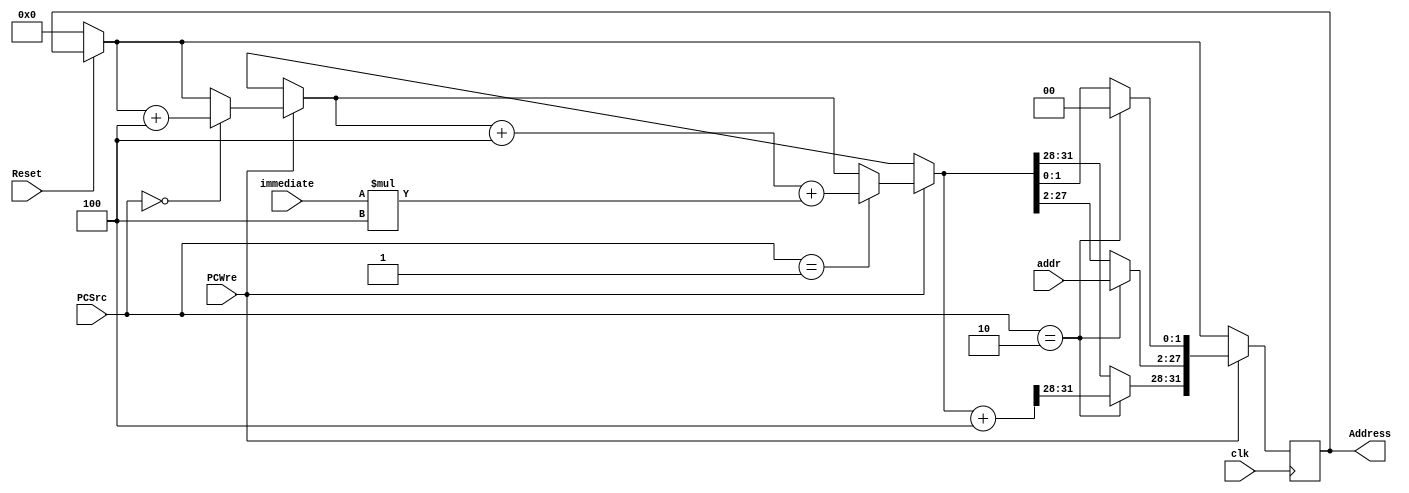
`timescale 1ns / 1ps
//////////////////////////////////////////////////////////////////////////////////
// Company: 
// Engineer: 
// 
// Design Name: 
// Module Name: PC
// Project Name: 
// Target Devices: 
// Tool Versions: 
// Description: 
// 
// Dependencies: 
// 
// Revision:
// Revision 0.01 - File Created
// Additional Comments:
// 
//////////////////////////////////////////////////////////////////////////////////


//clkpcReset0PCPCWre0/1/32immediate26jumpaddr
//32pcAddress
module PC(input clk,input Reset,input PCWre,input [1:0] PCSrc,input [31:0] immediate,output reg [31:0] Address,input [25:0] addr);       
    always @(posedge clk /*or negedge Reset*/)
    begin
        if(Reset==0)
        begin
        Address=0;
        end
        if(PCWre==1) begin   //PCWre==1PC
            //PCSrc
            if(PCSrc==2'b00)begin
            Address=Address+4;
            end
            if(PCSrc==2'b01) begin 
            Address=Address+4+immediate*4;
            end
            if(PCSrc==2'b10) begin   //pc <-{(pc+4)[31..28],addr[27..2],0,0}address
            Address[31:0]=Address[31:0]+32'h00000004;   //() 
            Address[27:2]=addr[25:0];                   
            Address[1:0]=2'b00;
            end
        end
        //pc
    end 
endmodule